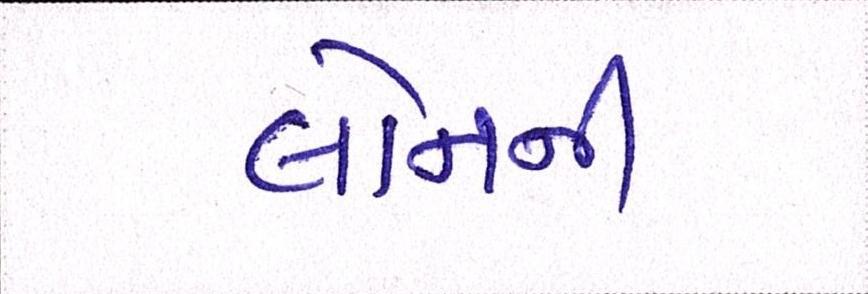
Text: લોનની